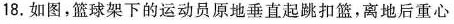
18.如图，篮球架下的运动员原地垂直起跳扣篮，离地后重心